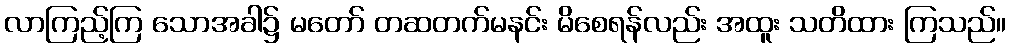
လာကြည့်ကြ သောအခါ၌ မတော် တဆတက်မနင်း မိစေရန်လည်း အထူး သတိထား ကြသည်။